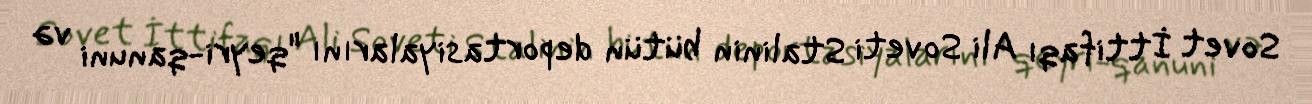
Sovet İttifaqı Ali Soveti Stalinin bütün deportasiyalarını "qeyri-qanuni və